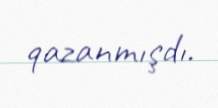
qazanmışdı.